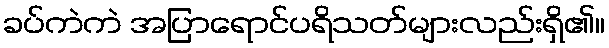
ခပ်ကဲကဲ အပြာရောင်ပရိသတ်များလည်းရှိ၏။